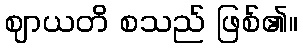
ဈာယတိ စသည် ဖြစ်၏။